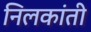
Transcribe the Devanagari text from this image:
निलकांती